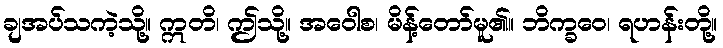
ချအပ်သကဲ့သို့။ ဣတိ၊ ဤသို့။ အဝေါစ၊ မိန့်တော်မူ၏။ ဘိက္ခဝေ၊ ရဟန်းတို့။